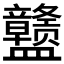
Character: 𰥊